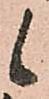
候